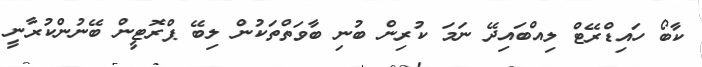
ކާބޯ ހައިޑްރޭޓް ލިއްބައިދޭ ނަމަ ކުރިން ބުނި ބާވަތްތަކުން ލިބޭ ޕްރޮޓީން ބޭނުންކުރާނީ